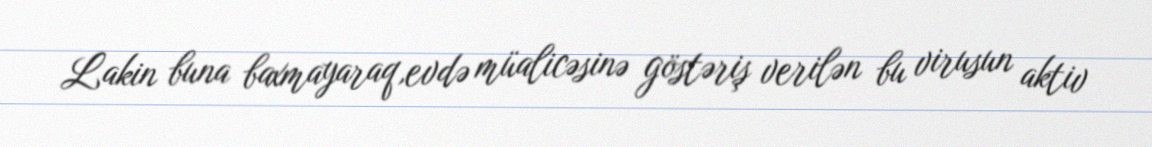
Lakin buna baxmayaraq,evdə müalicəsinə göstəriş verilən bu virusun aktiv